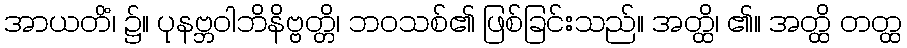
အာယတိံ၊ ၌။ ပုနဗ္ဘဝါဘိနိဗ္ဗတ္တိ၊ ဘဝသစ်၏ ဖြစ်ခြင်းသည်။ အတ္ထိ၊ ၏။ အတ္ထိ တတ္ထ